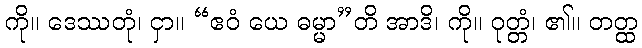
ကို။ ဒေဿတုံ၊ ငှာ။ “ဧဝံ ယေ ဓမ္မာ”တိ အာဒိ၊ ကို။ ဝုတ္တံ၊ ၏။ တတ္ထ